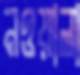
নওয়ালা